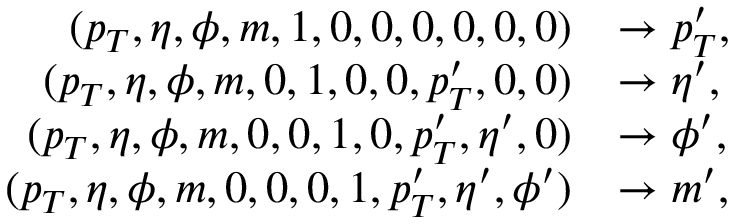
\begin{array} { r l } { ( p _ { T } , \eta , \phi , m , 1 , 0 , 0 , 0 , 0 , 0 , 0 ) } & { \rightarrow p _ { T } ^ { \prime } , } \\ { ( p _ { T } , \eta , \phi , m , 0 , 1 , 0 , 0 , p _ { T } ^ { \prime } , 0 , 0 ) } & { \rightarrow \eta ^ { \prime } , } \\ { ( p _ { T } , \eta , \phi , m , 0 , 0 , 1 , 0 , p _ { T } ^ { \prime } , \eta ^ { \prime } , 0 ) } & { \rightarrow \phi ^ { \prime } , } \\ { ( p _ { T } , \eta , \phi , m , 0 , 0 , 0 , 1 , p _ { T } ^ { \prime } , \eta ^ { \prime } , \phi ^ { \prime } ) } & { \rightarrow m ^ { \prime } , } \end{array}